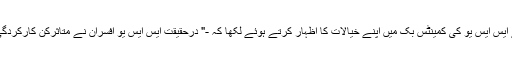
آئی جی پی سندھ نے ایس ایس یو کی کمینٹس بک میں اپنے خیالات کا اظہار کرتے ہوئے لکھا کہ -" درحقیقت ایس ایس یو افسران نے متاثرکن کارکردگی کا مظاہرہ کیا ہے۔